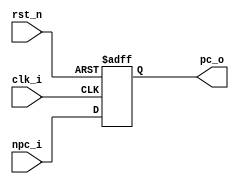
module PC (
    input             clk_i,
    input             rst_n,
    input      [31:0] npc_i,
    output reg [31:0] pc_o
);

always @(posedge clk_i or negedge rst_n) begin
    if (~rst_n) begin
        pc_o <= -4; // -4?
    end
    else begin
        pc_o <= npc_i;
    end
end

endmodule